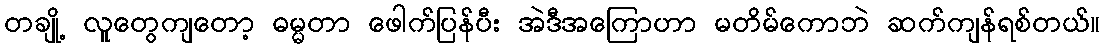
တချို့ လူတွေကျတော့ ဓမ္မတာ ဖေါက်ပြန်ပီး အဲဒီအကြောဟာ မတိမ်ကောဘဲ ဆက်ကျန်ရစ်တယ်။